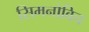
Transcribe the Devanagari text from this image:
सिमनोविच